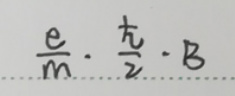
\frac{e}{m}\cdot\frac{\hbar}{2}\cdot B